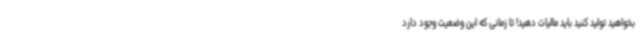
بخواهید تولید کنید باید مالیات دهید! تا زمانی که این وضعیت وجود دارد